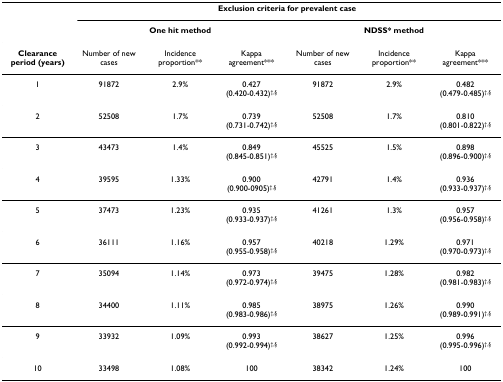
|  | <COLSPAN=6> Exclusion criteria for prevalent case |
 |  | <COLSPAN=3> One hit method | <COLSPAN=3> NDSS* method |
 | --- | --- | --- | --- | --- | --- | --- |
 | Clearance period (years) | Number of new cases | Incidence proportion** | Kappa agreement*** | Number of new cases | Incidence proportion** | Kappa agreement*** |
 | 1 | 91872 | 2.9% | 0.427(0.420-0.432)†,§ | 91872 | 2.9% | 0.482(0.479-0.485)†,§ |
 | 2 | 52508 | 1.7% | 0.739(0.731-0.742)†,§ | 52508 | 1.7% | 0.810(0.801-0.822)†,§ |
 | 3 | 43473 | 1.4% | 0.849(0.845-0.851)†,§ | 45525 | 1.5% | 0.898(0.896-0.900)†,§ |
 | 4 | 39595 | 1.33% | 0.900(0.900-0905)†,§ | 42791 | 1.4% | 0.936(0.933-0.937)†,§ |
 | 5 | 37473 | 1.23% | 0.935(0.933-0.937)†,§ | 41261 | 1.3% | 0.957(0.956-0.958)†,§ |
 | 6 | 36111 | 1.16% | 0.957(0.955-0.958)†,§ | 40218 | 1.29% | 0.971(0.970-0.973)†,§ |
 | 7 | 35094 | 1.14% | 0.973(0.972-0.974)†,§ | 39475 | 1.28% | 0.982(0.981-0.983)†,§ |
 | 8 | 34400 | 1.11% | 0.985(0.983-0.986)†,§ | 38975 | 1.26% | 0.990(0.989-0.991)†,§ |
 | 9 | 33932 | 1.09% | 0.993(0.992-0.994)†,§ | 38627 | 1.25% | 0.996(0.995-0.996)†,§ |
 | 10 | 33498 | 1.08% | 100 | 38342 | 1.24% | 100 |